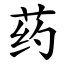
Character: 药